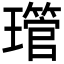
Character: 𤪔